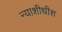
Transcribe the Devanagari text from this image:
न्‍याशीधीश